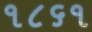
૧૮૬૧